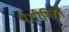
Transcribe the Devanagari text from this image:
पेशीभित्ती